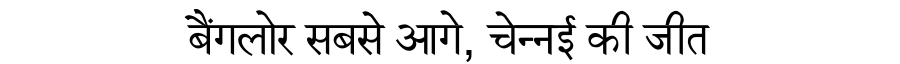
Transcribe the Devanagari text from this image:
बैंगलोर सबसे आगे, चेन्नई की जीत